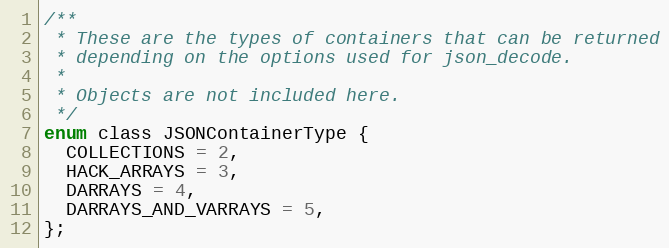
Language: C
/**
 * These are the types of containers that can be returned
 * depending on the options used for json_decode.
 *
 * Objects are not included here.
 */
enum class JSONContainerType {
  COLLECTIONS = 2,
  HACK_ARRAYS = 3,
  DARRAYS = 4,
  DARRAYS_AND_VARRAYS = 5,
};